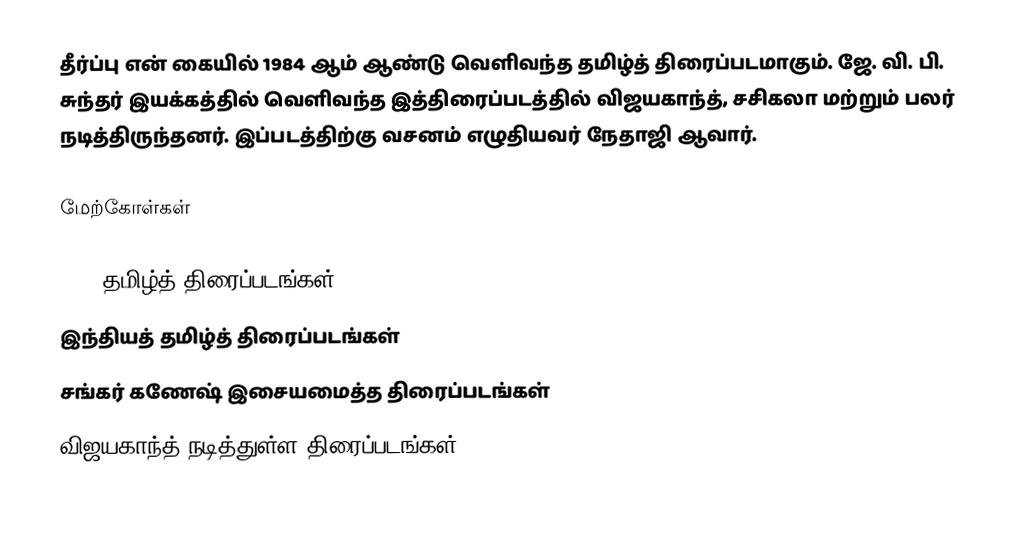
தீர்ப்பு என் கையில் 1984 ஆம் ஆண்டு வெளிவந்த தமிழ்த் திரைப்படமாகும். ஜே. வி. பி. சுந்தர் இயக்கத்தில் வெளிவந்த இத்திரைப்படத்தில் விஜயகாந்த், சசிகலா மற்றும் பலர் நடித்திருந்தனர். இப்படத்திற்கு வசனம் எழுதியவர் நேதாஜி ஆவார்.

மேற்கோள்கள்

1984 தமிழ்த் திரைப்படங்கள்
இந்தியத் தமிழ்த் திரைப்படங்கள்
சங்கர் கணேஷ் இசையமைத்த திரைப்படங்கள்
விஜயகாந்த் நடித்துள்ள திரைப்படங்கள்